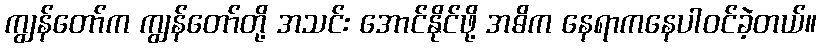
ကျွန်တော်က ကျွန်တော်တို့ အသင်း အောင်နိုင်ဖို့ အဓိက နေရာကနေပါဝင်ခဲ့တယ်။